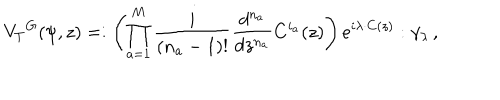
LaTeX: { V _ { T } } ^ { G } ( \psi , z ) = : \left( \prod _ { a = 1 } ^ { M } { \frac { i } { ( n _ { a } - 1 ) ! } } { \frac { d ^ { n _ { a } } } { d z ^ { n _ { a } } } } C ^ { i _ { a } } ( z ) \right) e ^ { i \lambda \cdot C ( z ) } : \gamma _ { \lambda } \, ,